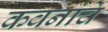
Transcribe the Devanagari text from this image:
कवनांचे